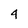
Character: 4